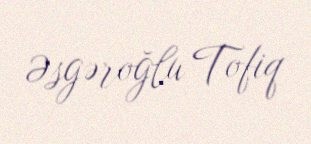
Əsgəroğlu Tofiq